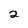
Character: 2